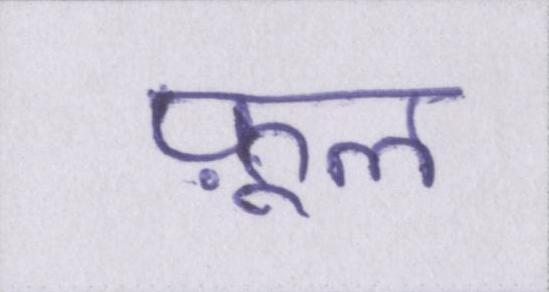
फ़ूल